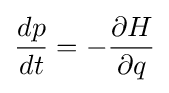
{\frac {dp}{dt}}=-{\frac {\partial H}{\partial q}}